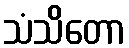
သံသိတော